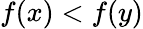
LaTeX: f\! \left(x\right)<f\! \left(y\right)